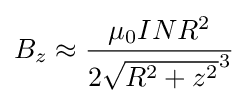
B_{z}\approx {\frac {\mu _{0}INR^{2}}{2{\sqrt {R^{2}+z^{2}}}^{3}}}